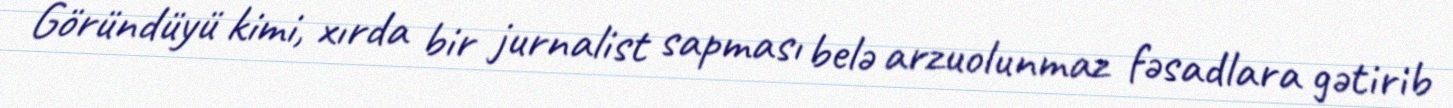
Göründüyü kimi, xırda bir jurnalist sapması belə arzuolunmaz fəsadlara gətirib